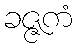
ခဇ္ဇကံ